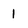
Character: 1